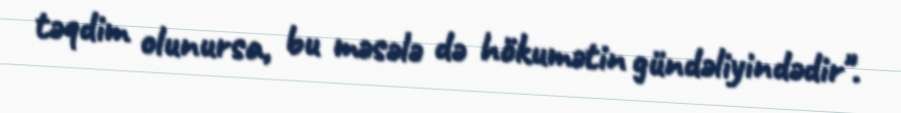
təqdim olunursa, bu məsələ də hökumətin gündəliyindədir".